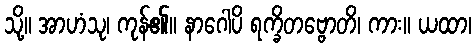
သို့။ အာဟံသု၊ ကုန်၏။ နာဂေါပိ ရက္ခိတဗ္ဗောတိ၊ ကား။ ယထာ၊